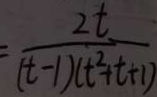
= \frac { 2 t } { ( t - 1 ) ( t ^ { 2 } + t + 1 ) }